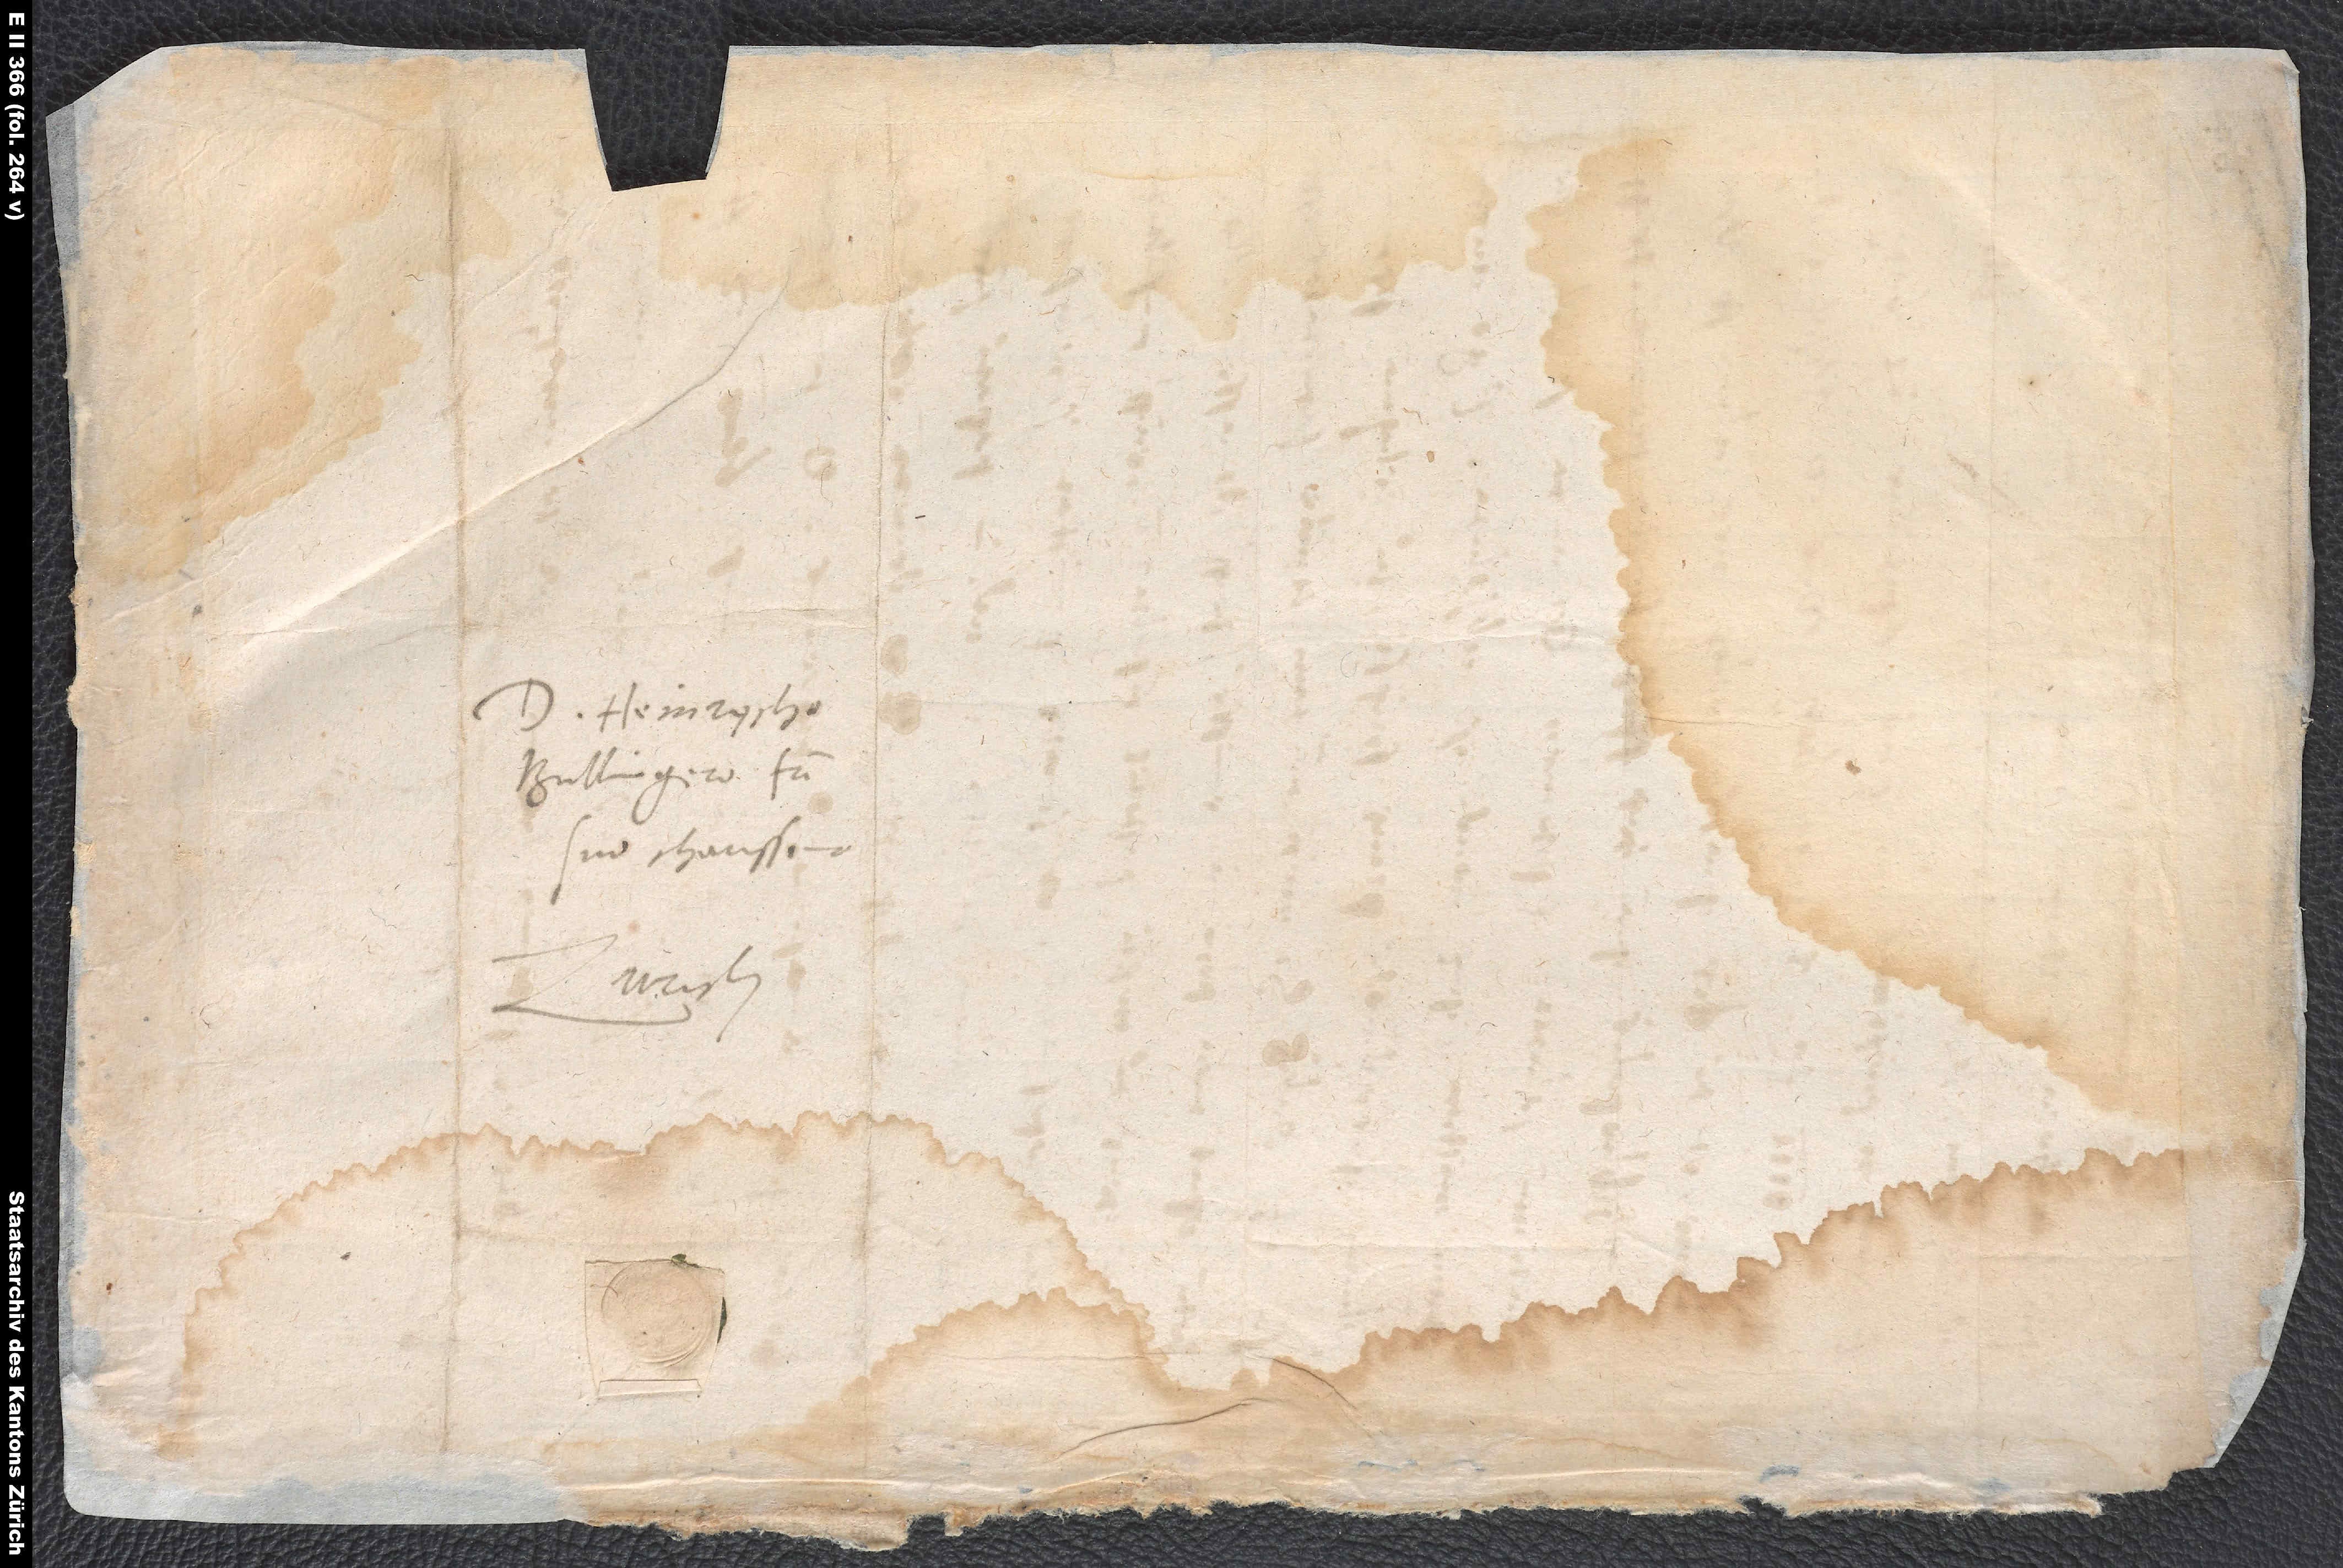
D. Heinrycho
Bullingero, fratri
suo charissimo.
Zurich.